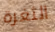
الثغرة